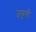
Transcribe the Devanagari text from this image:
जबूली